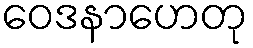
ဝေဒနာဟေတု